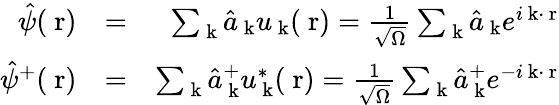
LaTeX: \begin{array}{rlr}{\hat{\psi}(\mathrm{\mathbf~r})}&{=}&{\sum_{\mathrm{\mathbf~k}}\hat{a}_{\mathrm{\mathbf~k}}u_{\mathrm{\mathbf~k}}(\mathrm{\mathbf~r})=\frac{1}{\sqrt{\Omega}}\sum_{\mathrm{\mathbf~k}}\hat{a}_{\mathrm{\mathbf~k}}e^{i\mathrm{\mathbf~k}\cdot\mathrm{\mathbf~r}}}\\ {\hat{\psi}^{+}(\mathrm{\mathbf~r})}&{=}&{\sum_{\mathrm{\mathbf~k}}\hat{a}_{\mathrm{\mathbf~k}}^{+}u_{\mathrm{\mathbf~k}}^{*}(\mathrm{\mathbf~r})=\frac{1}{\sqrt{\Omega}}\sum_{\mathrm{\mathbf~k}}\hat{a}_{\mathrm{\mathbf~k}}^{+}e^{-i\mathrm{\mathbf~k}\cdot\mathrm{\mathbf~r}}}\end{array}